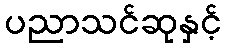
ပညာသင်ဆုနှင့်